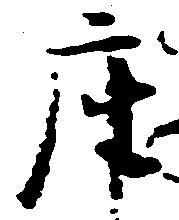
座